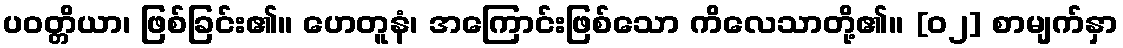
ပဝတ္တိယာ၊ ဖြစ်ခြင်း၏။ ဟေတူနံ၊ အကြောင်းဖြစ်သော ကိလေသာတို့၏။ [၀၂] စာမျက်နှာ